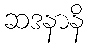
ဆဒနာနိ